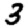
Digit: 3